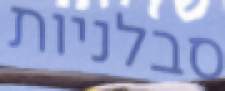
סבלניות